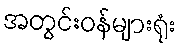
အတွင်းဝန်များရုံး